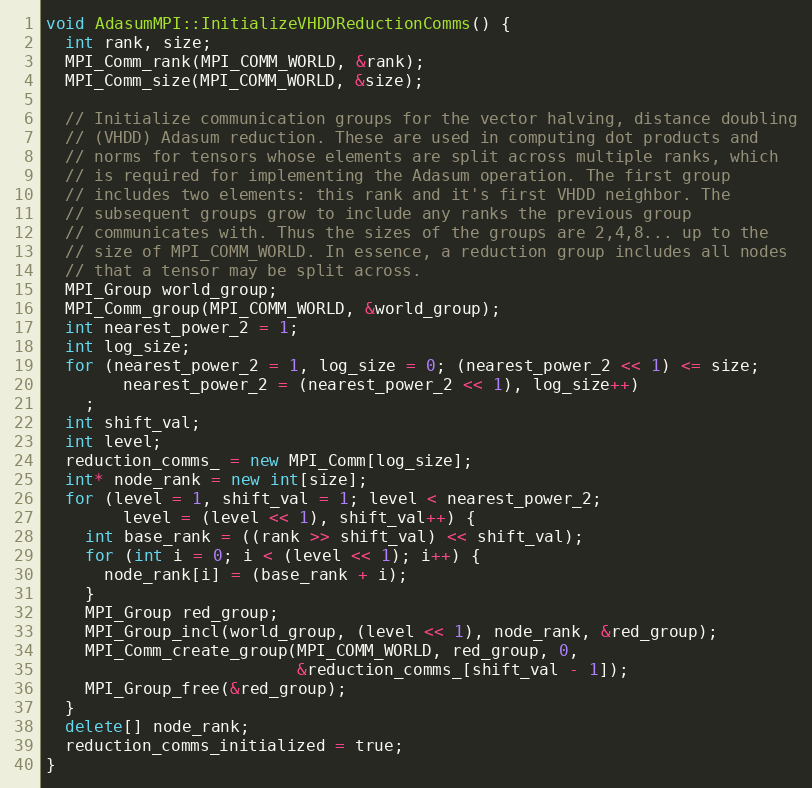
Language: C++
void AdasumMPI::InitializeVHDDReductionComms() {
  int rank, size;
  MPI_Comm_rank(MPI_COMM_WORLD, &rank);
  MPI_Comm_size(MPI_COMM_WORLD, &size);

  // Initialize communication groups for the vector halving, distance doubling
  // (VHDD) Adasum reduction. These are used in computing dot products and
  // norms for tensors whose elements are split across multiple ranks, which
  // is required for implementing the Adasum operation. The first group
  // includes two elements: this rank and it's first VHDD neighbor. The
  // subsequent groups grow to include any ranks the previous group
  // communicates with. Thus the sizes of the groups are 2,4,8... up to the
  // size of MPI_COMM_WORLD. In essence, a reduction group includes all nodes
  // that a tensor may be split across.
  MPI_Group world_group;
  MPI_Comm_group(MPI_COMM_WORLD, &world_group);
  int nearest_power_2 = 1;
  int log_size;
  for (nearest_power_2 = 1, log_size = 0; (nearest_power_2 << 1) <= size;
        nearest_power_2 = (nearest_power_2 << 1), log_size++)
    ;
  int shift_val;
  int level;
  reduction_comms_ = new MPI_Comm[log_size];
  int* node_rank = new int[size];
  for (level = 1, shift_val = 1; level < nearest_power_2;
        level = (level << 1), shift_val++) {
    int base_rank = ((rank >> shift_val) << shift_val);
    for (int i = 0; i < (level << 1); i++) {
      node_rank[i] = (base_rank + i);
    }
    MPI_Group red_group;
    MPI_Group_incl(world_group, (level << 1), node_rank, &red_group);
    MPI_Comm_create_group(MPI_COMM_WORLD, red_group, 0,
                          &reduction_comms_[shift_val - 1]);
    MPI_Group_free(&red_group);
  }
  delete[] node_rank;
  reduction_comms_initialized = true;
}